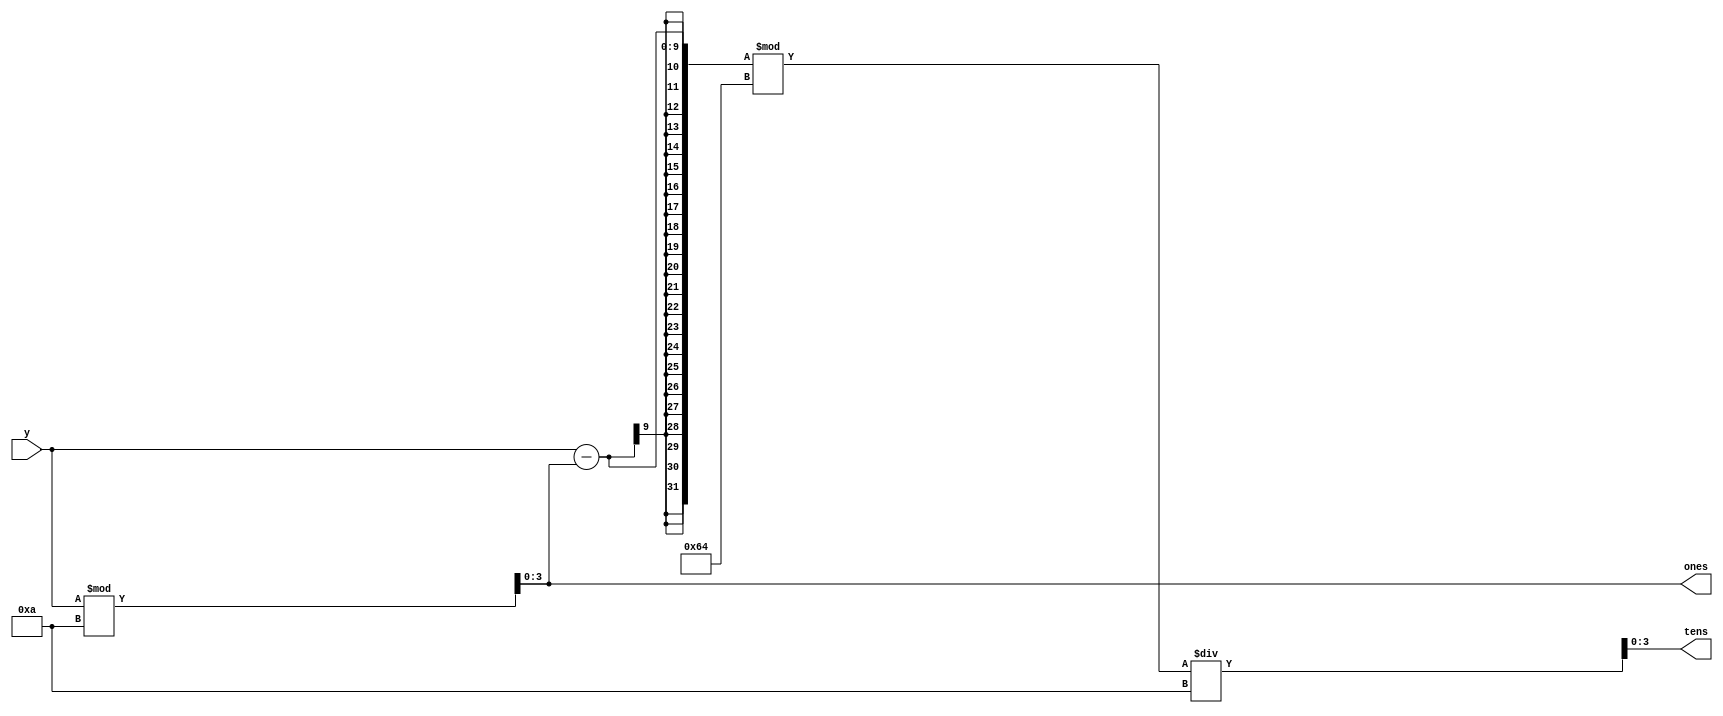
module BtoBCDmod (y,ones,tens);

	input [8:0] y;
	
	output [3:0] ones,tens;
	
	reg [3:0] ones,tens;


	
	always @ (y) begin
			ones = y % 10;
			tens = ((y-ones) % 100)/10;
		end

endmodule